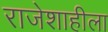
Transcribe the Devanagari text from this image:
राजेशाहीला